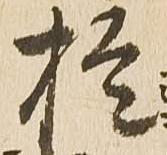
於